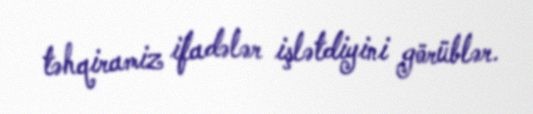
təhqiramiz ifadələr işlətdiyini görüblər.